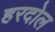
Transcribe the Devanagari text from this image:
हरदोल